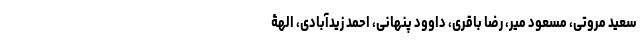
سعید مروتی، مسعود میر، رضا باقری، داوود پنهانی، احمد زیدآبادی، الهۀ